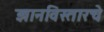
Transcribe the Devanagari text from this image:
ज्ञानविस्तारचे